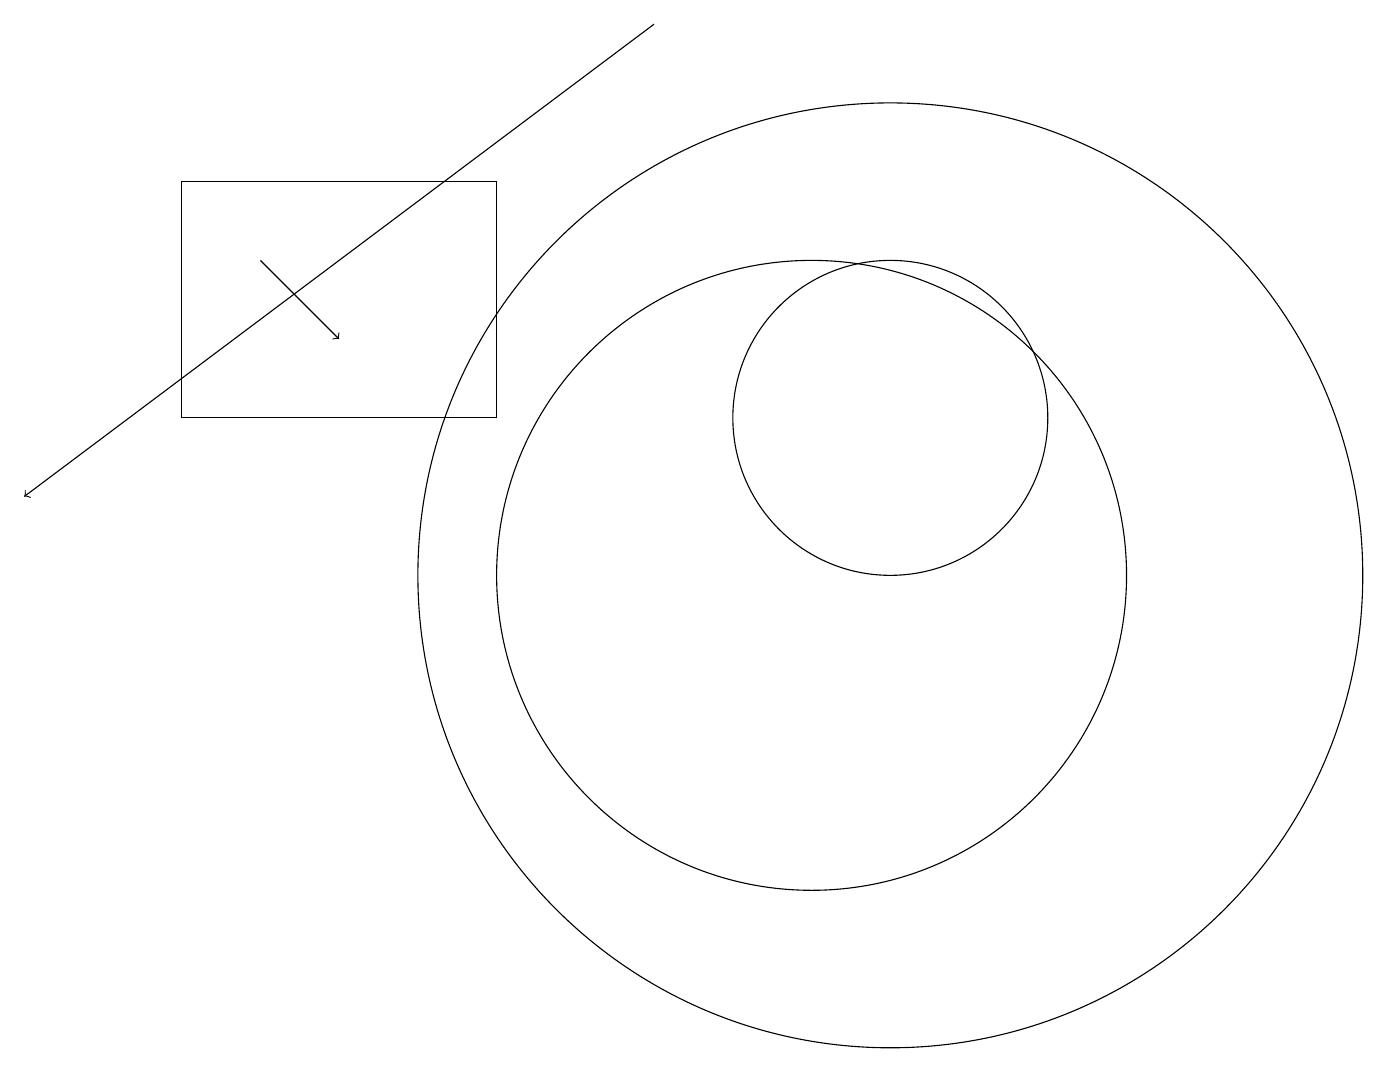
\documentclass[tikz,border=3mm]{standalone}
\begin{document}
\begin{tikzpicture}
\draw (11,10) circle (6);
\draw[->] (8,17) -- (0,11);
\draw (11,12) circle (2);
\draw[->] (3,14) -- (4,13);
\draw (6,15) rectangle (2,12);
\draw (10,10) circle (4);
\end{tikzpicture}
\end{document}